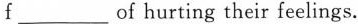
f ___ of hurting their feelings.